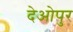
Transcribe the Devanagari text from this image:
देओपुर